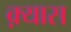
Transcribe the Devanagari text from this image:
क़्यास